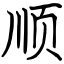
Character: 顺